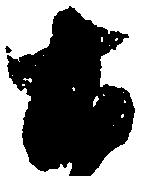
土